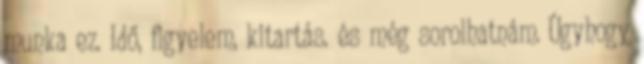
munka ez. Idő, figyelem, kitartás. és még sorolhatnám. Úgyhogy